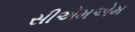
સીએમએમ